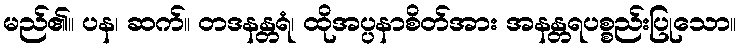
မည်၏။ ပန၊ ဆက်။ တဒနန္တရံ၊ ထိုအပ္ပနာစိတ်အား အနန္တရပစ္စည်းပြုသော။